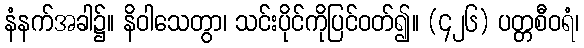
နံနက်အခါ၌။ နိဝါသေတွာ၊ သင်းပိုင်ကိုပြင်ဝတ်၍။ (၄၂၆) ပတ္တစီဝရံ၊